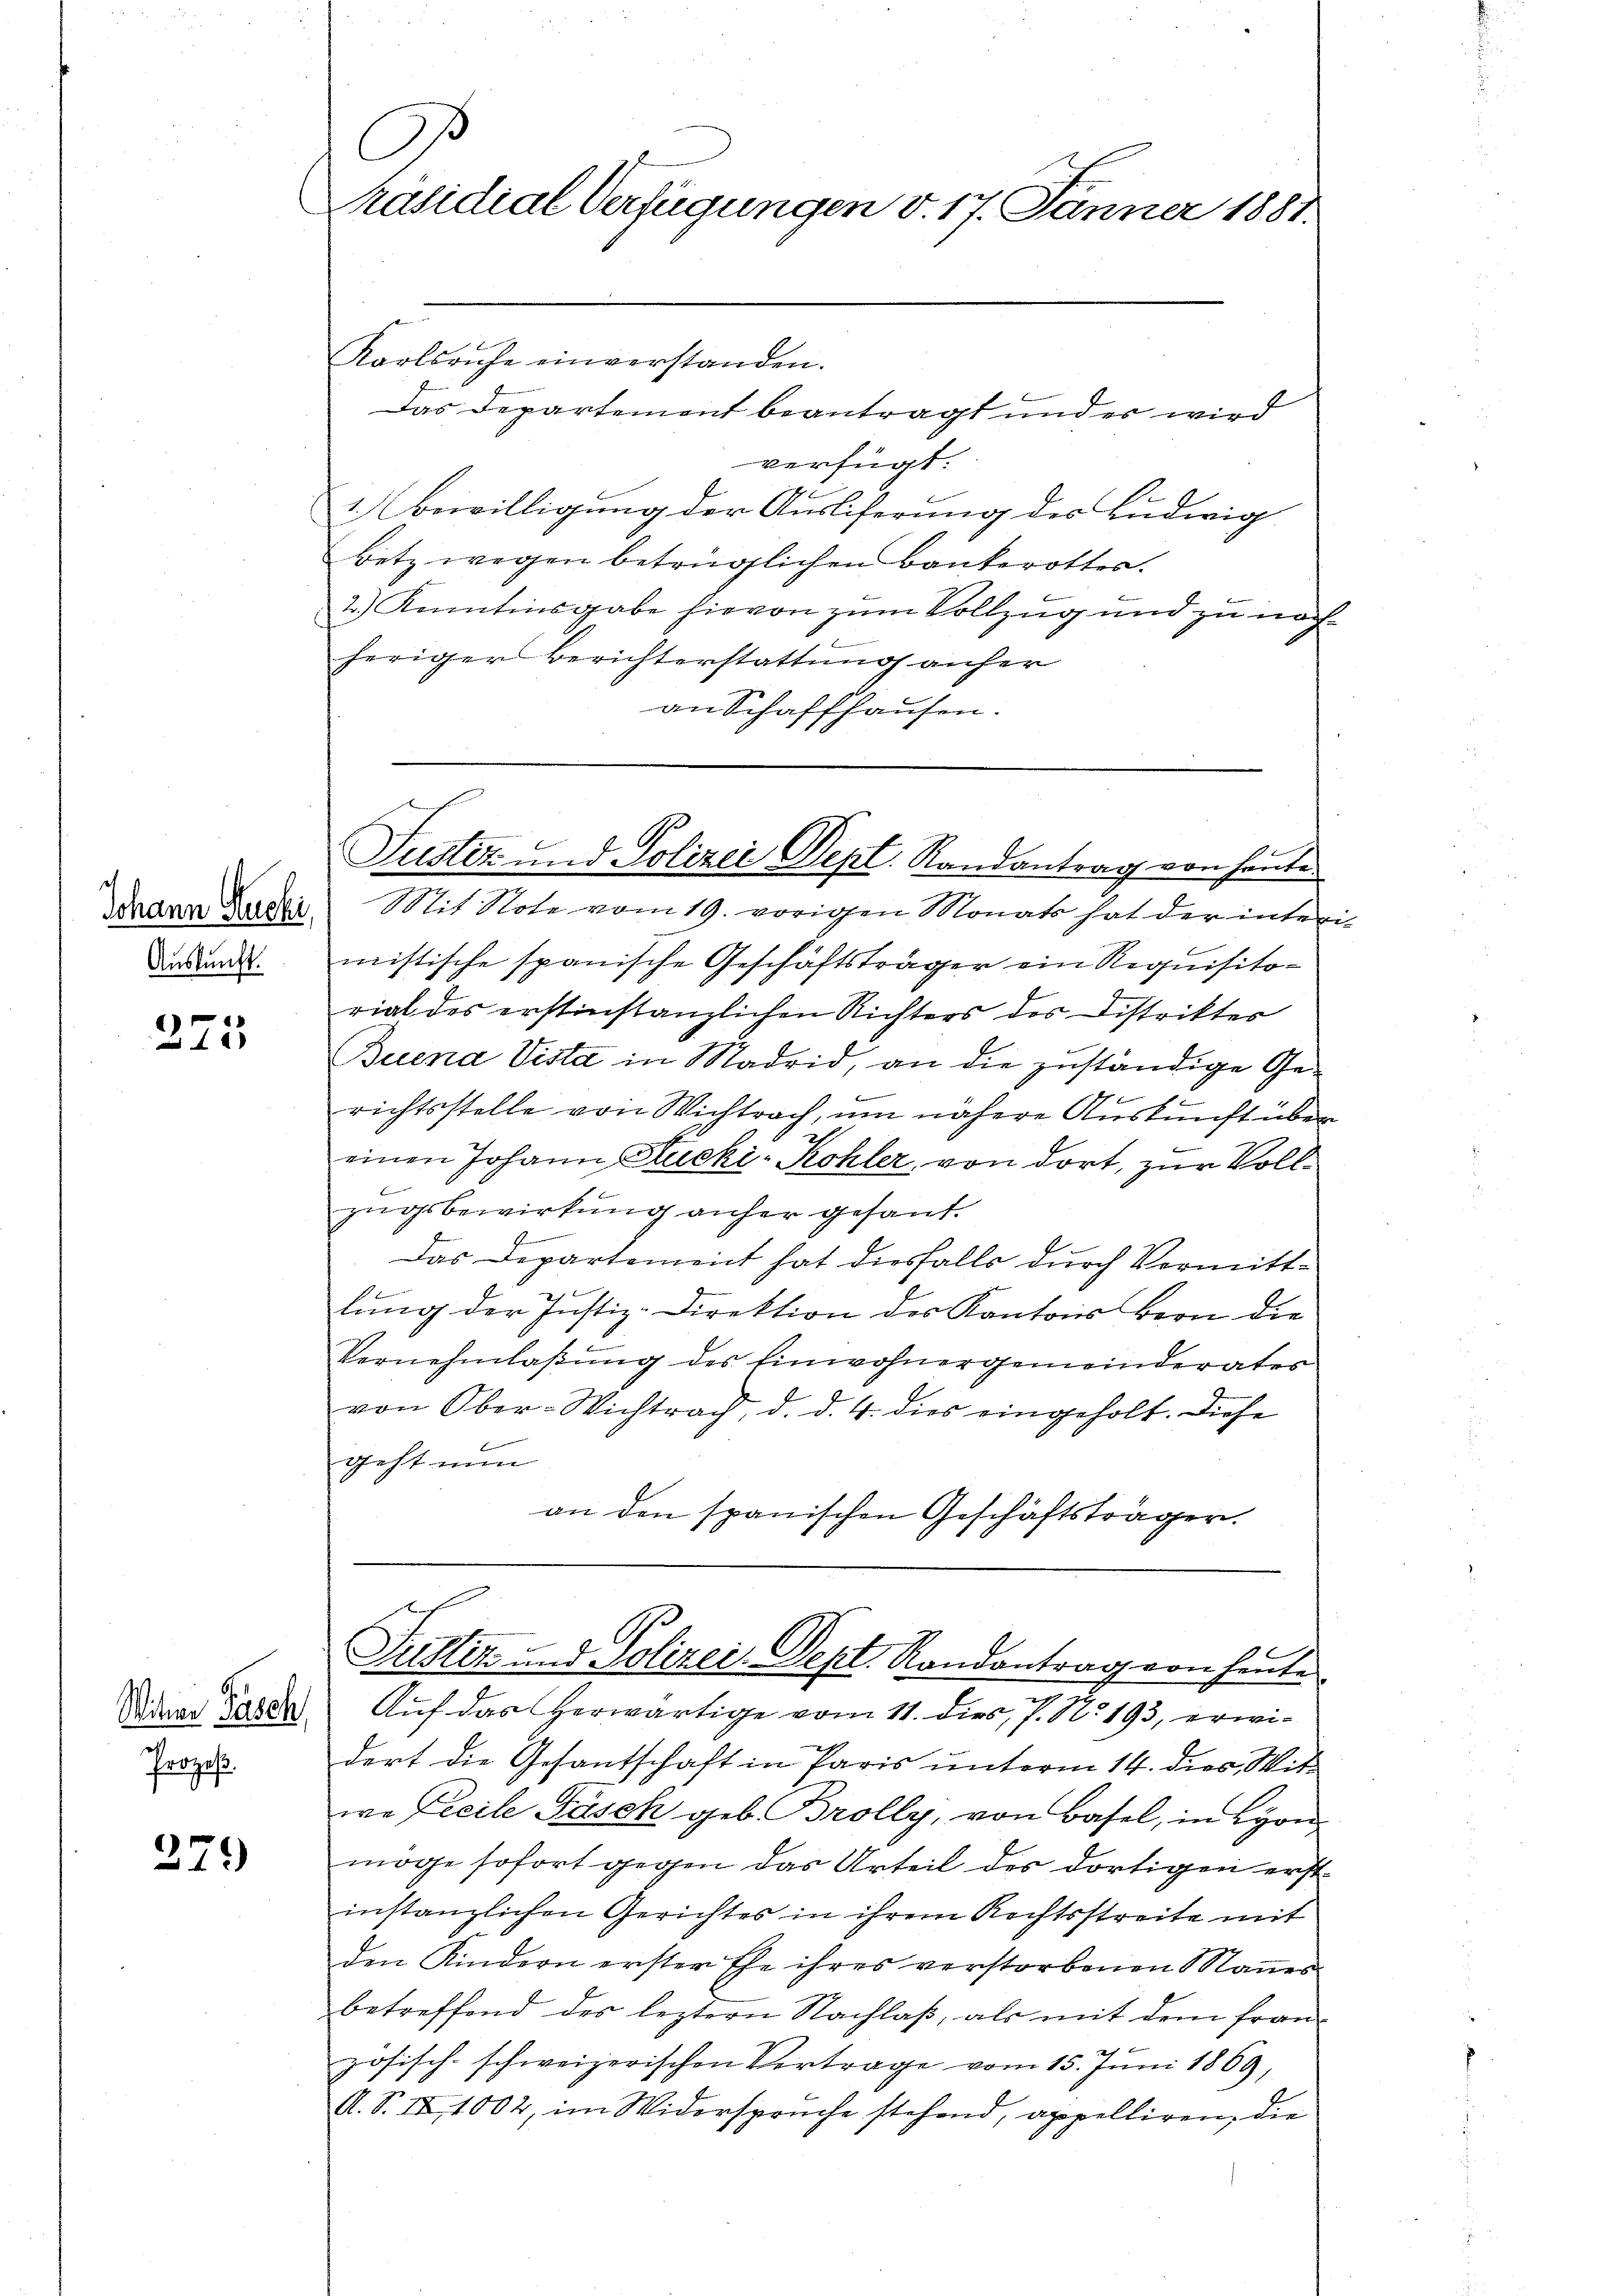
Johann Stucki,
Auskunft.

273

Witwe Pasch
Prozeß.

279

I
Präsidial-Verfügungen v. 17. Jänner 1887.
Karlsruhe einverstanden.

Das Departement beantragt und er wird
verfügt:
1.) Bewilligung der Ausliferung des Ludwig
betz wegen betrüglichen Bankerottes.
2.) Kenntinsgabe hievon zum Vollzug und zu nach
heriger Berichterstattung anher
an Schaffhausen.

Justiz- und Polizei Dept. Randantrag von heute
Mit Note vom 19. vorigen Monats hat der inter

mistische spanische Geschäftsträger ein Requisitorial des erstinstanzlichen Richters des Distriktes
Buena Vista in Madrid, an die zuständige Geb
1
richtsstelle von Wichtrach, um nähere Auskunft über
einen Johann Stucki-Kohler, von dort, zur Vollzugsbewirkung anher gesant.
Das Departement hat diesfalls durch Vormittlŭng der Justiz-Direktion des Kantons Bern die
Vernehmlaßung des Einwohnergemeinderates
von Ober-Wichtrach, d. d. 4. dies eingeholt. Diese
f
geht nun
an den spanischen Geschäftsträger.
x
Justiz- und Polizei. Sept. Randantrag von heute
Auf das herwärtige vom 11. dies, P. N. 193, erwidert die Gesantschaft in Paris unterm 14. dies Witwe Freile Pasch geb. Brolly, von Basel, in Lyon
möge sofort gegen das Urteil des dortigen erst
instanzlichen Gerichtes in ihrem Rechtsstreite mit
den Kindern erster Ehe ihres verstorbenen Mannes
betreffend des leztern Nachlaß, als mit dem französisch-schweizerischen Vertrage vom 15. Juni 1869,
A. S. IX, 1002, im Widersprüche stehend, appelliren, die